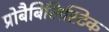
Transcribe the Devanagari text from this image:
प्रोबैबिलिस्टिक